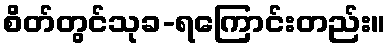
စိတ်တွင်သုခ-ရကြောင်းတည်း။